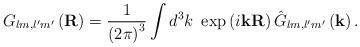
LaTeX: \begin{align*}G_{lm,l^{\prime}m^{\prime}}\left( \mathbf{R}\right) =\frac{1}{\left(2\pi\right) ^{3}}\int d^{3}k\mathbf{\ }\exp\left( i\mathbf{kR}\right)\hat{G}_{lm,l^{\prime}m^{\prime}}\left( \mathbf{k}\right) . \end{align*}